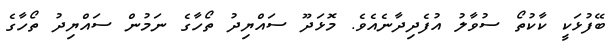
ބޭފުޅަކީ ކާކުތޯ ސުވާލު އުފެދިދާނެއެވެ. މޮޅަދޫ ސައްޔިދު ތޯހާގެ ނަމުން ސައްޔިދު ތޯހާގެ